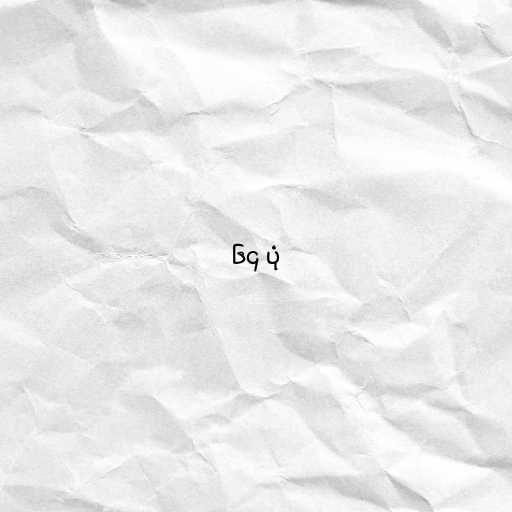
၆၄ ပုံ